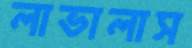
লাভালাস